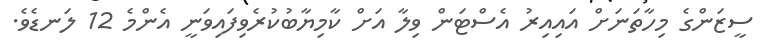
ސީޒަންގެ މިހާތަނަށް އައިއިރު އެސްޓަން ވިލާ އަށް ކާމިޔާބުކުރެވިފައިވަނީ އެންމެ 12 ލަނޑެވެ.